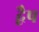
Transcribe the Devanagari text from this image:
द्वैष